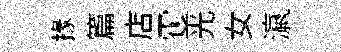
掾篇店䨥光女瀛